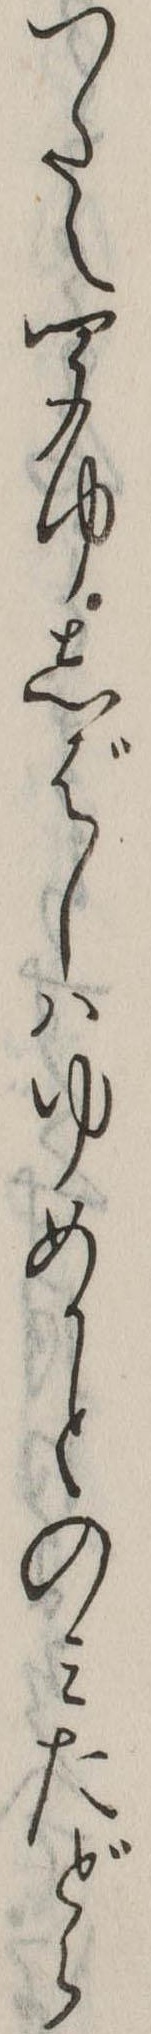
つたえ聞ゆしばしはゆめかとのみたどら